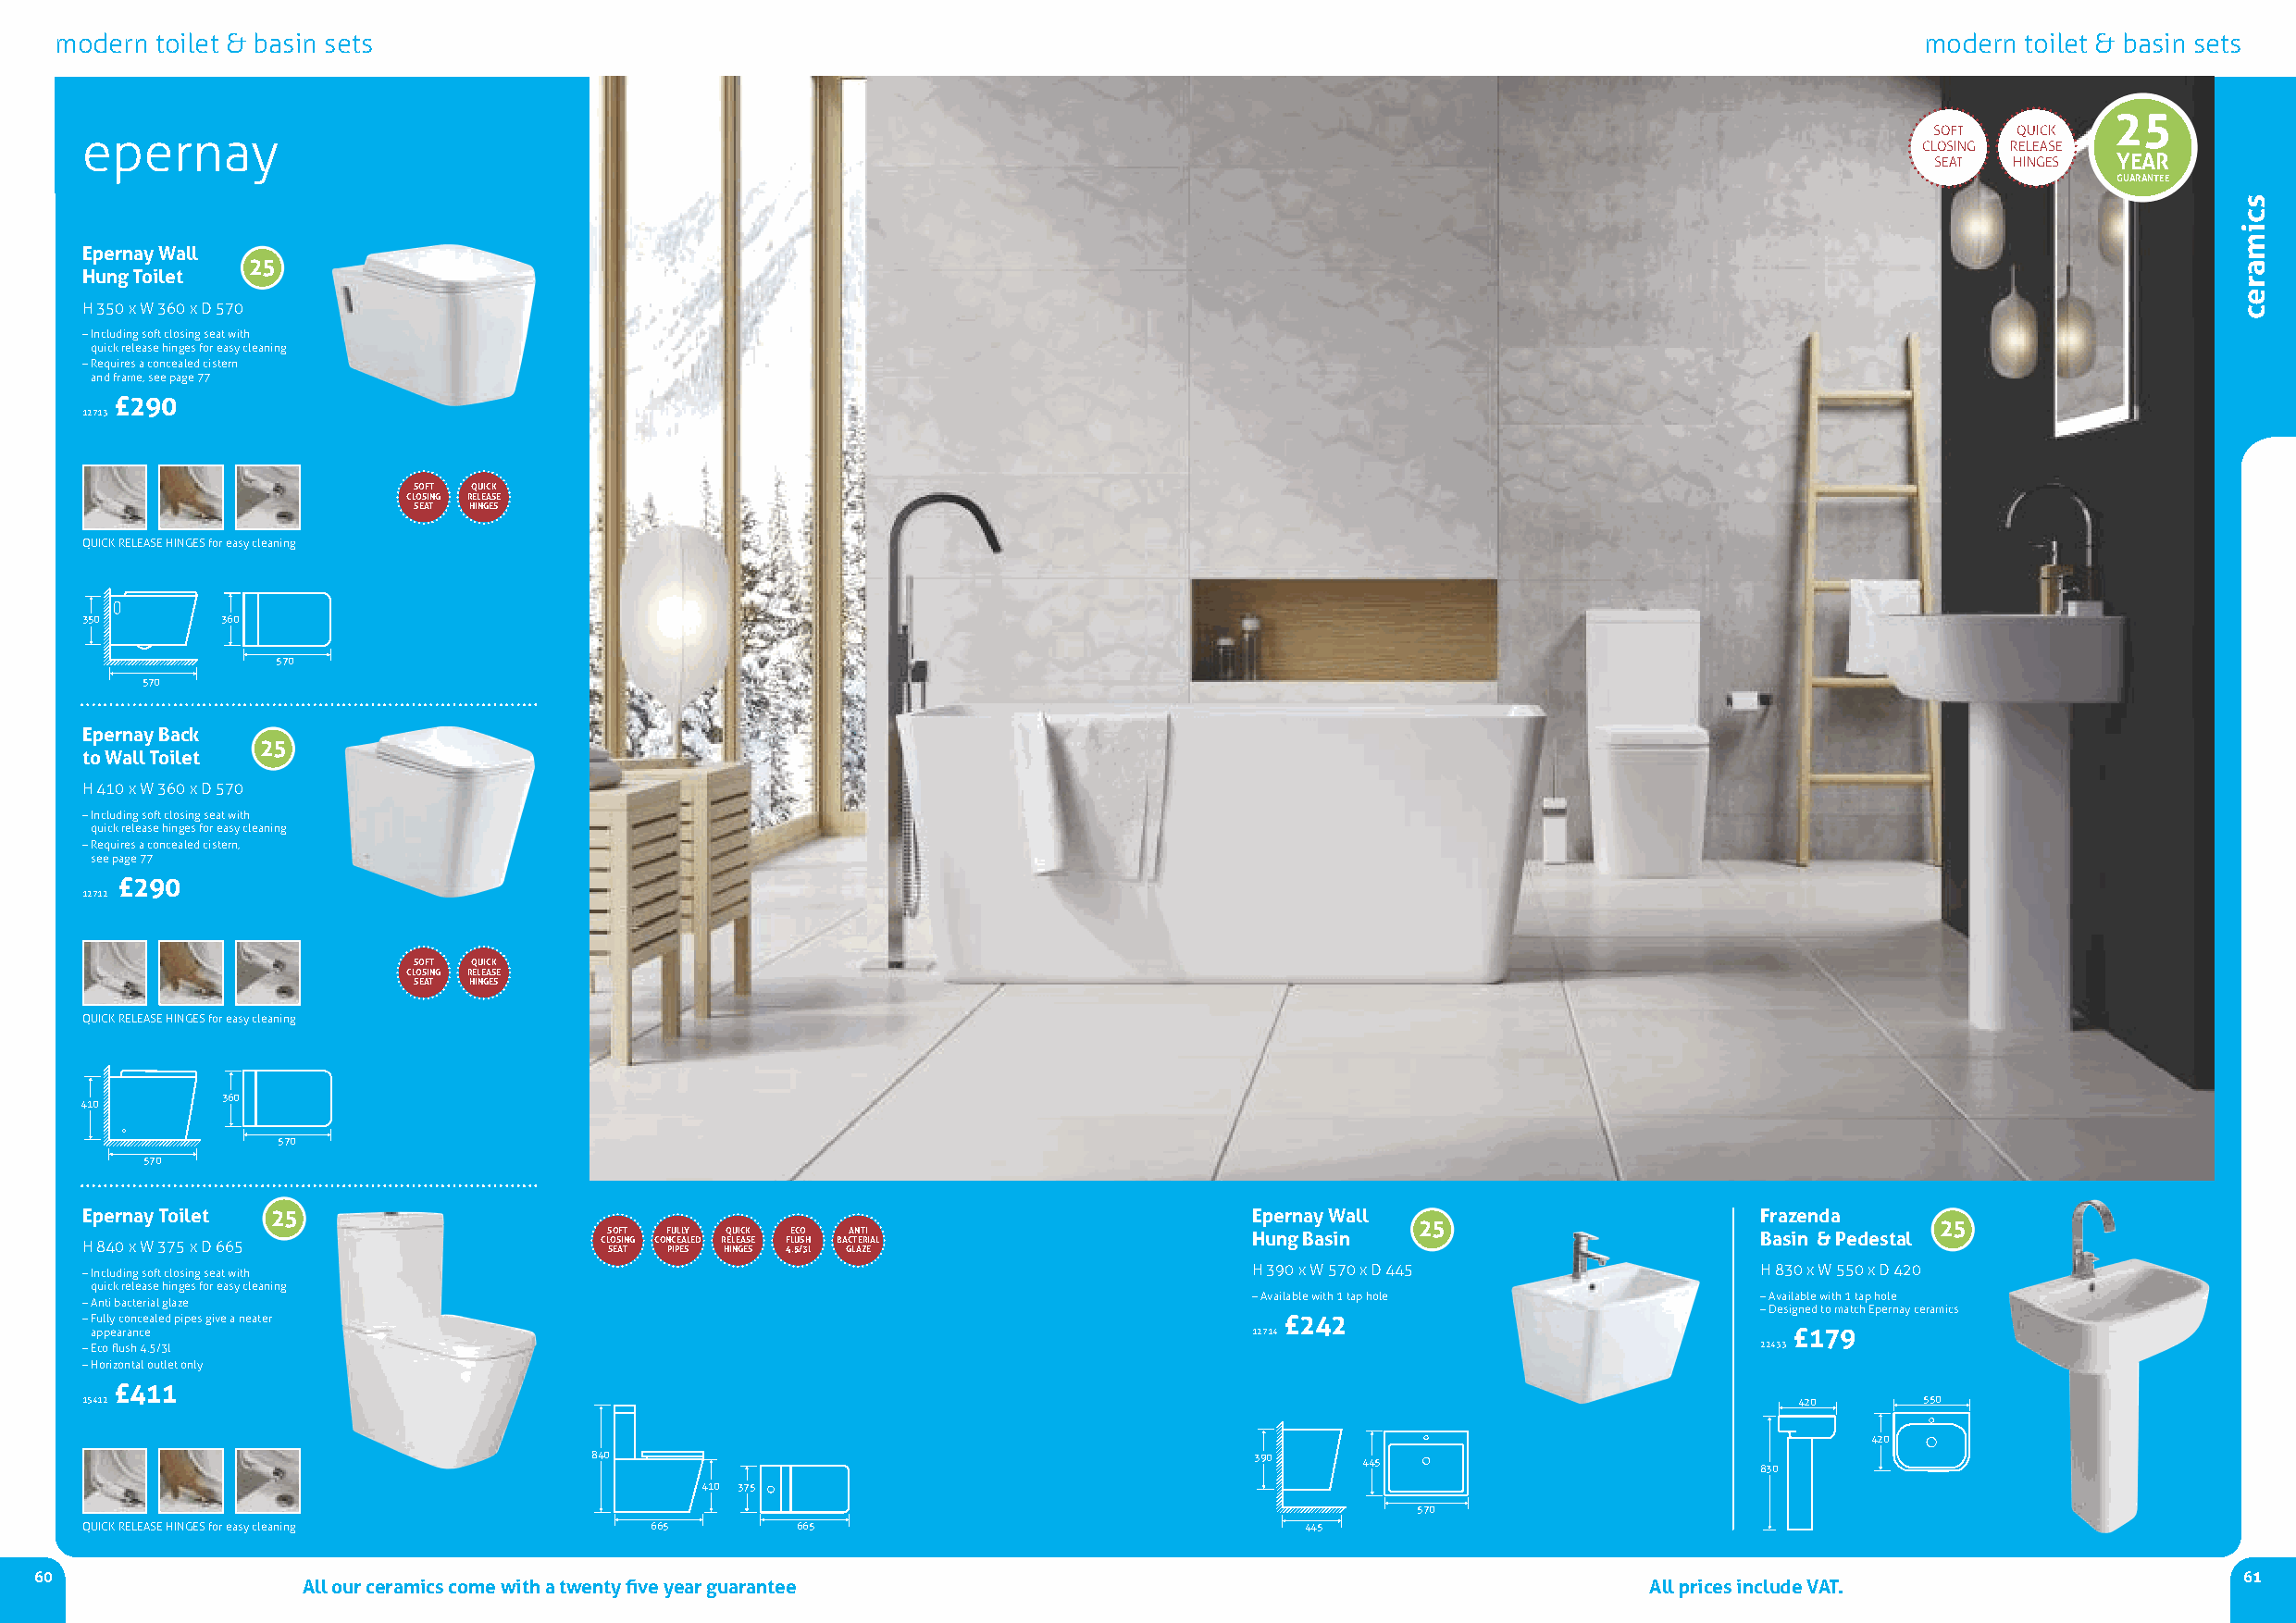
modern toilet & basin sets                                                                                                            modern toilet & basin sets
 25
 epernay                                                                                                                             SOFT  QUICk
 ClOSIng rElEASE
 SEAT  HIngES YEAR
 GUARANTEE
 Epernay Wall
 25
 Hung Toilet
 H 350 x W 360 x D 570
 –Including soft closing seat with
 quick release hinges for easy cleaning
 –requires a concealed cistern
 and frame, see page 77
 £290
 12713
 SOFT QUICK
 CLOSING RELEASE
 SEAT HINGES
 QUICk rElEASE HIngESfor easy cleaning
 350       360
 570
 570
 Epernay Back
 25
 to Wall Toilet
 H 410 x W 360 x D 570
 –Including soft closing seat with
 quick release hinges for easy cleaning
 –requires a concealed cistern,
 see page 77
 £290
 12712
 SOFT QUICK
 CLOSING RELEASE
 SEAT HINGES
 QUICk rElEASE HIngESfor easy cleaning
 360
 410
 570
 570
 Epernay Toilet 25                                                                   Epernay Wall                        Frazenda
 25                                    25
 H 840 x W 375 x D 665                CLS SOO ES AF I TT NG CONF PU C IPL E EL A SY LED R HQ E ILU NEI GC A EK S SE F 4LE .5UC /O S 3H l BA GCA LTN AET ZRI EIAL Hung Basin Basin & Pedestal
 –Including soft closing seat with                                                   H 390 x W 570 x D 445               H 830 x W 550 x D 420
 quick release hinges for easy cleaning
 –Available with 1 tap hole          –Available with 1 tap hole
 –Anti bacterial glaze
 –Designed to match Epernay ceramics
 –Fully concealed pipes give aneater                                                   £242
 appearance                                                                          12714                                 £179
 –Eco flush 4.5/3l                                                                                                       22433
 –Horizontal outlet only
 £411
 15412                                                                                                                      420      550
 420
 840                                             390    445
 830
 410 375
 570
 QUICk rElEASE HIngESfor easy cleaning    665       665                                 445
 60                                                                                                                                                            61
 All our ceramics come with a twenty five year guarantee                                         All prices include VAT.
 scimarec